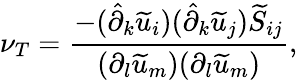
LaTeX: \nu_{T}=\frac{-(\hat{\partial}_{k}\widetilde{u}_{i})(\hat{\partial}_{k}\widetilde{u}_{j})\widetilde{S}_{ij}}{(\partial_{l}\widetilde{u}_{m})(\partial_{l}\widetilde{u}_{m})},